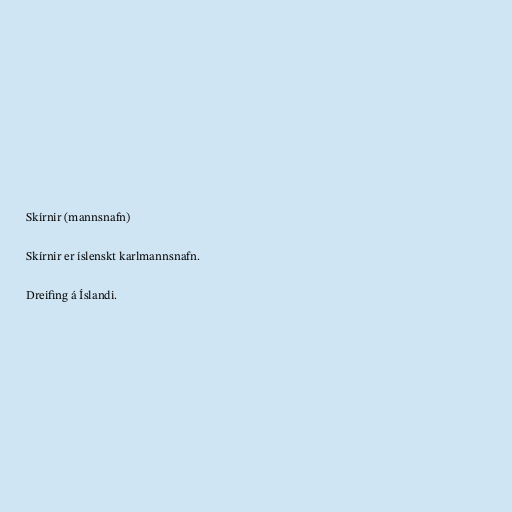
Skírnir (mannsnafn)

Skírnir er íslenskt karlmannsnafn.

Dreifing á Íslandi.